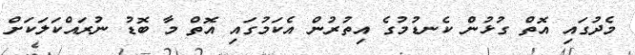
މެދުގައި އޮތް ގުޅުން ކެނޑުމުގެ އިތުރުން އެކަމުގައި އޮތް މާ ބޮޑު ނުރައްކަލަކަށް